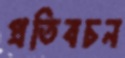
প্রতিবচন